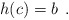
\begin{align*}h(c)=b \>\>.\end{align*}